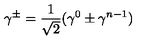
\gamma ^ { \pm } = \frac { 1 } { \sqrt { 2 } } ( \gamma ^ { 0 } \pm \gamma ^ { n - 1 } )